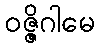
ဝဇ္ဇိဂါမေ